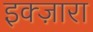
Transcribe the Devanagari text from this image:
इक्ज़ारा